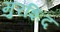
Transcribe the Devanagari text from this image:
मुरशिद